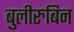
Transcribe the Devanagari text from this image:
बुलीरुबिन